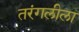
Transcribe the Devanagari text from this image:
तरंगलीला